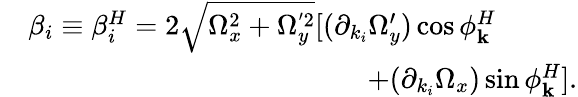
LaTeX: \begin{array}{rl}&{\beta_{i}\equiv\beta_{i}^{H}=2\sqrt{\Omega_{x}^{2}+\Omega_{y}^{'2}}[(\partial_{k_{i}}\Omega_{y}^{\prime})\cos\phi_{\mathbf{k}}^{H}}\\ &{\qquad\qquad\qquad\qquad\qquad\qquad+(\partial_{k_{i}}\Omega_{x})\sin\phi_{\mathbf{k}}^{H}].}\end{array}